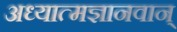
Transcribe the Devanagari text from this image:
अध्यात्मज्ञानवान्